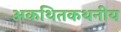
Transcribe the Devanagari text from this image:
अकथितकथनीय